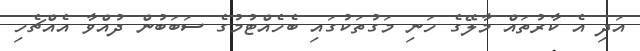
އަދި އެ ކާރުތައް މާލޭގެ ހަނި މަގުތަކުގައި ބެހެއްޓުމުގެ ސަބަބުން ދުއްވާ އެއްޗެހި